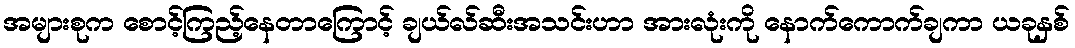
အများစုက စောင့်ကြည့်နေတာကြောင့် ချယ်လ်ဆီးအသင်းဟာ အားလုံးကို နောက်ကောက်ချကာ ယခုနှစ်